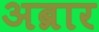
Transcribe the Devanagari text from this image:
अब्रार